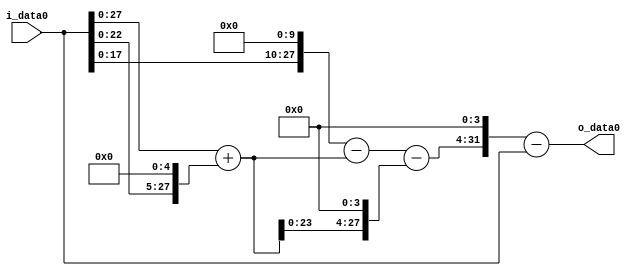
module multiplier_block_32 (
    i_data0,
    o_data0
);
  input   [31:0] i_data0;
  output  [31:0]
    o_data0;
  wire [31:0]
    w1,
    w32,
    w33,
    w1024,
    w991,
    w528,
    w463,
    w7408,
    w7407;
  assign w1 = i_data0;
  assign w1024 = w1 << 10;
  assign w32 = w1 << 5;
  assign w33 = w1 + w32;
  assign w463 = w991 - w528;
  assign w528 = w33 << 4;
  assign w7407 = w7408 - w1;
  assign w7408 = w463 << 4;
  assign w991 = w1024 - w33;
  assign o_data0 = w7407;
endmodule